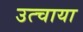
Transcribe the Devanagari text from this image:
उत्चाया